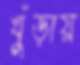
খুঁড়ায়